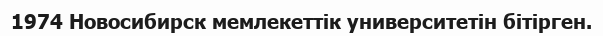
1974 Новосибирск мемлекеттік университетін бітірген.